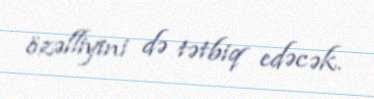
özəlliyini də tətbiq edəcək.